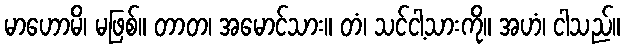
မာဟောမိ၊ မဖြစ်။ တာတ၊ အမောင်သား။ တံ၊ သင်ငါ့သားကို။ အဟံ၊ ငါသည်။